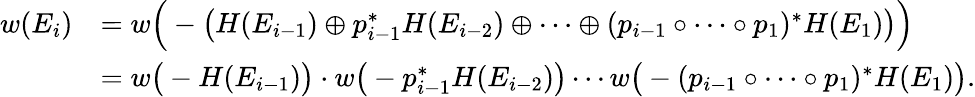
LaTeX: \begin{array}{rl}{w(E_{i})}&{=w\Big(-\big(H(E_{i-1})\oplus p_{i-1}^{*}H(E_{i-2})\oplus\cdots\oplus(p_{i-1}\circ\cdots\circ p_{1})^{*}H(E_{1})\big)\Big)}\\ &{=w\big(-H(E_{i-1})\big)\cdot w\big(-p_{i-1}^{*}H(E_{i-2})\big)\cdots w\big(-(p_{i-1}\circ\cdots\circ p_{1})^{*}H(E_{1})\big).}\end{array}